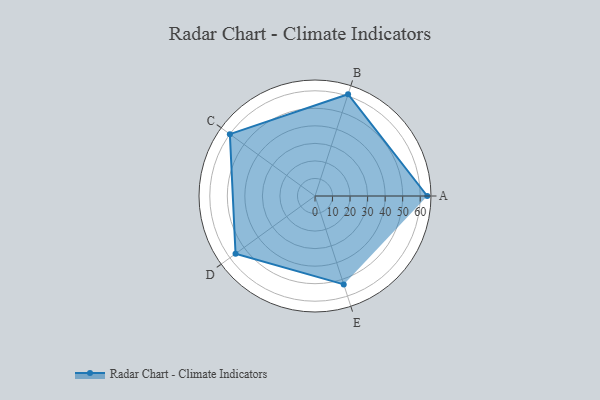
{"axis": {"x": "Skill", "y": "Score"}, "legend": ["Profile"], "data": [{"x": "A", "y": 64.0, "type": "Profile"}, {"x": "B", "y": 61.0, "type": "Profile"}, {"x": "C", "y": 60.0, "type": "Profile"}, {"x": "D", "y": 56.0, "type": "Profile"}, {"x": "E", "y": 53.0, "type": "Profile"}]}